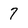
Character: 7